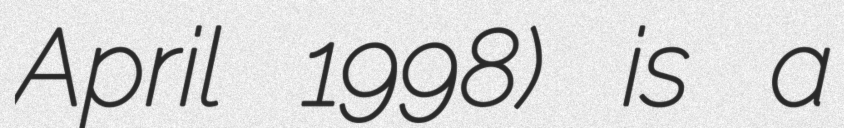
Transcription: April 1998) is a